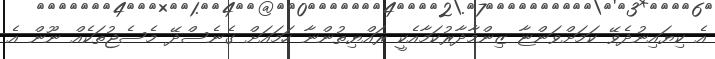
އެ ކިޔައިނުދެވޭ ކަމަށްވަންޏާ ޒިންމާދާރުކަމާއެކީ ރައްޔިތުންނާ ހަމައަށް ގެނެސްދޭ މެސެޖުތަކެއް ނޫން އެ